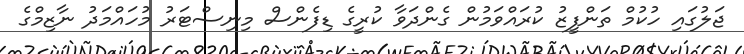
ޖަލުގައި ހުކުމް ތަންފީޒު ކުރައްވަމުން ގެންދަވާ ކުރީގެ ޑިފެންސް މިނިސްޓަރު މުހައްމަދު ނާޒިމްގެ